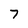
Character: 7